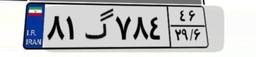
۸۱گ۷۸۴۴۶